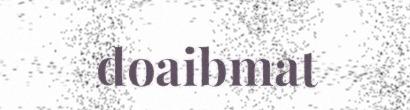
doaibmat